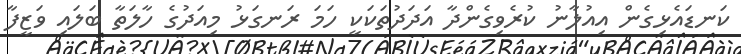
ކަނޑައެޅިގެން އިއުލާނު ކުރެވިގެންދާ އަދަދުތަކަކީ ހަމަ ރަނގަޅު މިއަދުގެ ހާލަތާ ބަލައި ވަޒީފާ